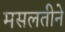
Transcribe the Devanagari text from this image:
मसलतीने